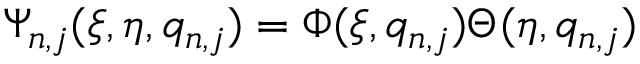
\Psi _ { n , j } ( \xi , \eta , q _ { n , j } ) = \Phi ( \xi , q _ { n , j } ) \Theta ( \eta , q _ { n , j } )